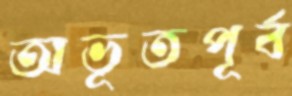
অভূতপূর্ব